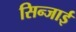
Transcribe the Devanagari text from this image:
सिन्जाई